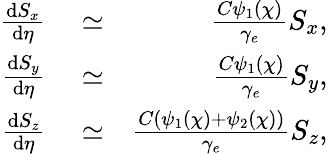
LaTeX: \begin{array}{rlr}{\frac{\mathrm{d}{S_{x}}}{\mathrm{d}\eta}}&{{}\simeq}&{\frac{C\psi_{1}(\chi)}{\gamma_{e}}S_{x},}\\ {\frac{\mathrm{d}{S_{y}}}{\mathrm{d}\eta}}&{{}\simeq}&{\frac{C\psi_{1}(\chi)}{\gamma_{e}}S_{y},}\\ {\frac{\mathrm{d}{S_{z}}}{\mathrm{d}\eta}}&{{}\simeq}&{\frac{C(\psi_{1}(\chi)+\psi_{2}(\chi))}{\gamma_{e}}S_{z},}\end{array}